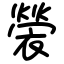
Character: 褮